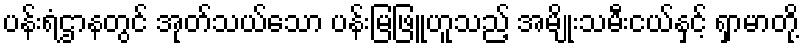
ပန်းရံဌာနတွင် အုတ်သယ်သော ပန်းမြဖြူဟူသည့် အမျိုးသမီးငယ်နှင့် ရှာမာတို့